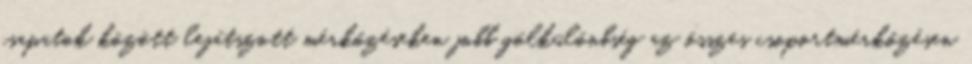
csapatok között lejátszott mérkőzéseken jobb gólkülönbség az összes csoportmérkőzésen